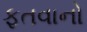
ફતવાનો